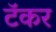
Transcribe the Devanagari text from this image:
टॅकर